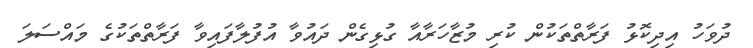
ދުވަހު އިދިކޮޅު ފަރާތްތަކުން ކުރި މުޒާހަރާއާ ގުޅިގެން ދައުވާ އުފުލާފައިވާ ފަރާތްތަކުގެ މައްސަލަ